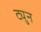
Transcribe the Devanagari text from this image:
ट्युन